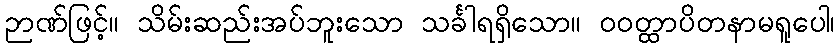
ဉာဏ်ဖြင့်။ သိမ်းဆည်းအပ်ဘူးသော သင်္ခါရရှိသော။ ဝဝတ္ထာပိတနာမရူပေါ၊